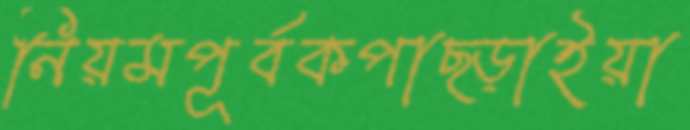
নিয়মপূর্বকপাছ্‌ড়াইয়া